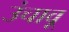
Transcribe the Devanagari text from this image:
उंचावू